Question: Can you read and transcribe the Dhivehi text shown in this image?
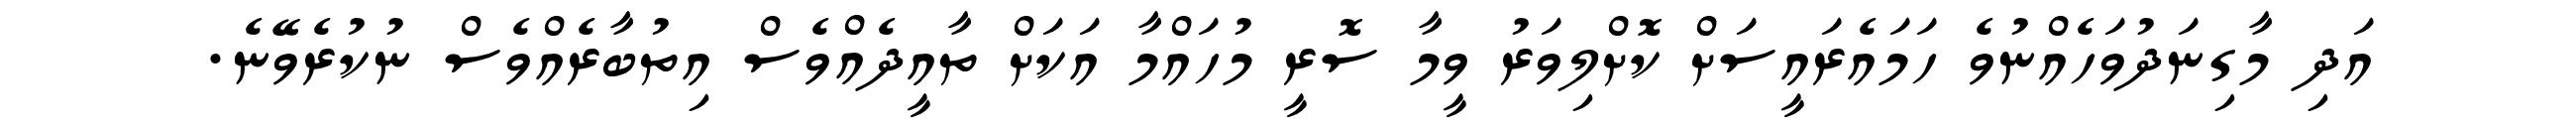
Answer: އަދި މާގިނަދުވަހެއްނުވެ ހަމައެރައީސަށް ކޮށްލިވަރު ވީމާ ސޮރީ މުހައްމާ އަކަށް ތާއީދެއްވެސް އިތުބާރެއްވެސް ނުކުރެވޭނެ.